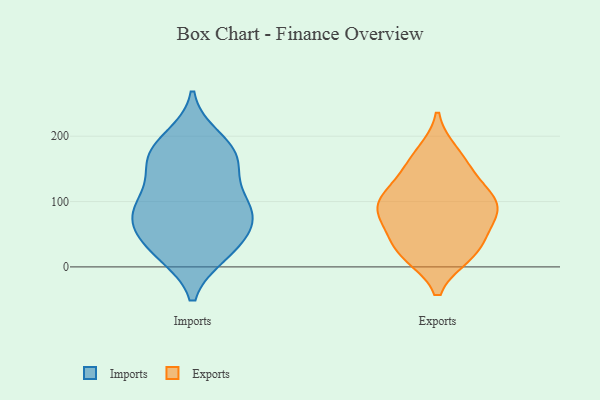
{"axis": {"x": "LTV (USD)", "y": "Value"}, "legend": ["Exports", "Imports"], "data": [{"x": "", "y": 150, "type": "Imports"}, {"x": "", "y": 109, "type": "Imports"}, {"x": "", "y": 180, "type": "Imports"}, {"x": "", "y": 43, "type": "Imports"}, {"x": "", "y": 95, "type": "Imports"}, {"x": "", "y": 158, "type": "Imports"}, {"x": "", "y": 20, "type": "Imports"}, {"x": "", "y": 70, "type": "Imports"}, {"x": "", "y": 68, "type": "Imports"}, {"x": "", "y": 78, "type": "Imports"}, {"x": "", "y": 24, "type": "Imports"}, {"x": "", "y": 161, "type": "Imports"}, {"x": "", "y": 197, "type": "Imports"}, {"x": "", "y": 180, "type": "Imports"}, {"x": "", "y": 22, "type": "Imports"}, {"x": "", "y": 97, "type": "Imports"}, {"x": "", "y": 78, "type": "Imports"}, {"x": "", "y": 20, "type": "Exports"}, {"x": "", "y": 94, "type": "Exports"}, {"x": "", "y": 165, "type": "Exports"}, {"x": "", "y": 75, "type": "Exports"}, {"x": "", "y": 174, "type": "Exports"}, {"x": "", "y": 94, "type": "Exports"}, {"x": "", "y": 91, "type": "Exports"}, {"x": "", "y": 22, "type": "Exports"}, {"x": "", "y": 140, "type": "Exports"}, {"x": "", "y": 98, "type": "Exports"}, {"x": "", "y": 54, "type": "Exports"}, {"x": "", "y": 19, "type": "Exports"}, {"x": "", "y": 128, "type": "Exports"}, {"x": "", "y": 94, "type": "Exports"}, {"x": "", "y": 38, "type": "Exports"}]}